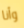
وأنا